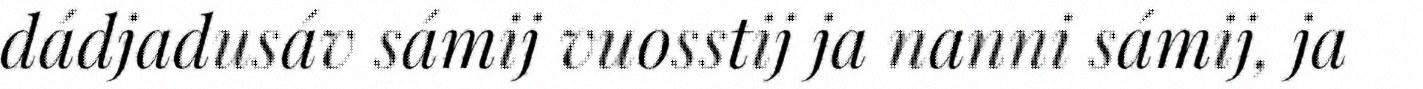
dádjadusáv sámij vuosstij ja nanni sámij, ja